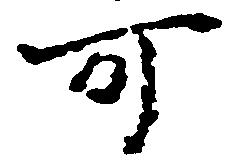
可